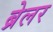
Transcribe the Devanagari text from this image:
ब्रेलर